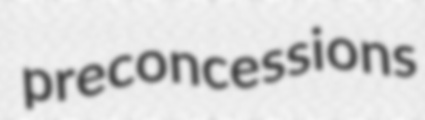
preconcessions